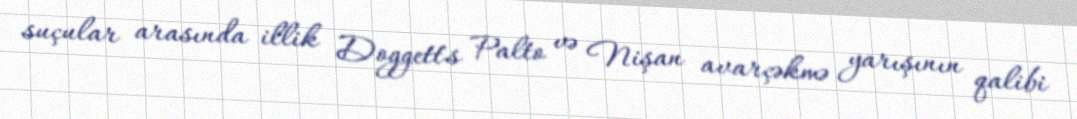
suçular arasında illik Doggett's Palto və Nişan avarçəkmə yarışının qalibi